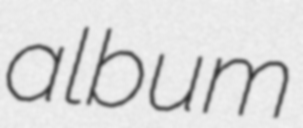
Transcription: album